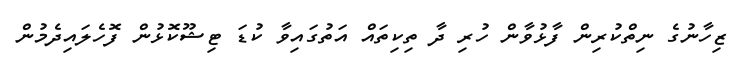
ޒިހާނުގެ ނިތްކުރިން ފާޅުވާން ހުރި ދާ ތިކިތައް އަތުގައިވާ ކުޑަ ޓިޝޫކޮޅުން ފޮހެލައިދެމުން